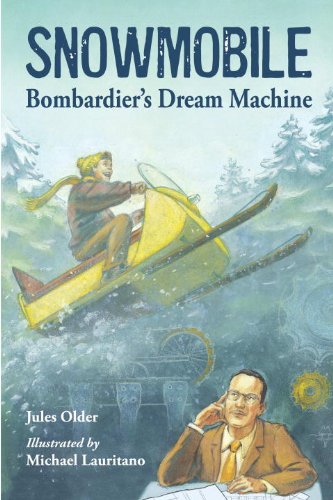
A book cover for Snowmobile: Bombardier's Dream Machine (Junior Library Guild Selection); Jules Older; Children's Books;